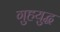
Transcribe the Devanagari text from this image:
गुहयुद्ध